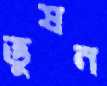
ভুষন